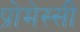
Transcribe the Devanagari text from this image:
प्रोमेस्सी